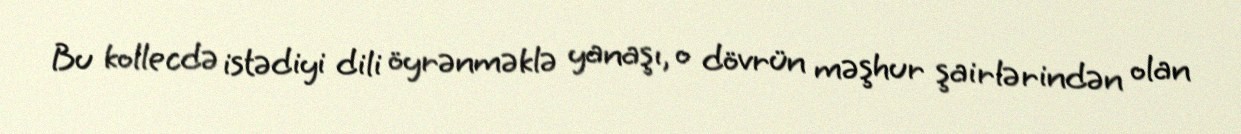
Bu kollecdə istədiyi dili öyrənməklə yanaşı, o dövrün məşhur şairlərindən olan